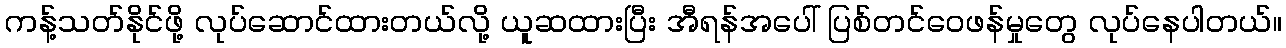
ကန့်သတ်နိုင်ဖို့ လုပ်ဆောင်ထားတယ်လို့ ယူဆထားပြီး အီရန်အပေါ် ပြစ်တင်ဝေဖန်မှုတွေ လုပ်နေပါတယ်။